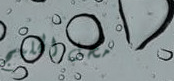
محل الخليج